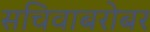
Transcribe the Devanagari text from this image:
सचिवाबरोबर